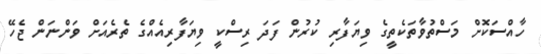
ހާއްސަކޮށް މަސްތުވާތަކެތީގެ ވިޔަފާރި ކުރުން ފަދަ ރިސްކީ ވިޔަފާރިއެއްގެ ތެރެއަށް ވަންނަން ޖެހޭ